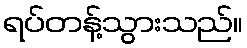
ရပ်တန့်သွားသည်။